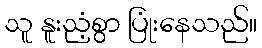
သူ နူးညံ့စွာ ပြုံးနေသည်။